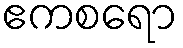
ဧကစရော